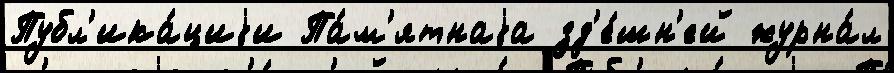
Публ'ика́циjи Па́м'ятнаjа зд'е́шн'ей журна́л